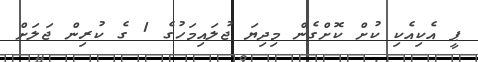
ޕީ އެކިއެކި ކުށް ކޮށްގެން މިދިޔަ ޖުލައިމަހުގެ 1 ގެ ކުރިން ޖަލަށް